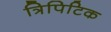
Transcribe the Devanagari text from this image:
त्रिपिटिक